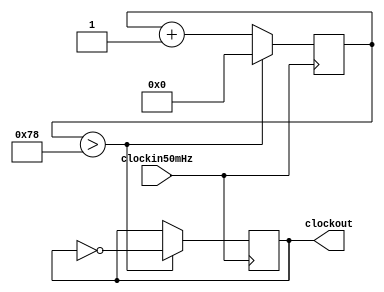
module Clock50kHz(
        clockin50mHz,
        clockout
    );

    input clockin50mHz;
    output reg clockout;
    
    reg [9:0] counter;
    
     always @(negedge clockin50mHz)
     begin
         if (counter > 120) begin
             counter <= 0;
             clockout <= ~clockout;
             end
         else begin
             counter <= counter + 1;
             end
    
     end

endmodule